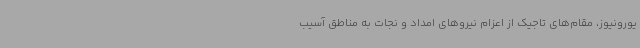
یورونیوز، مقام‌های تاجیک از اعزام نیروهای امداد و نجات به مناطق آسیب